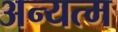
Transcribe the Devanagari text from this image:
अन्यत्म